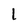
Character: l